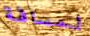
لمسافة